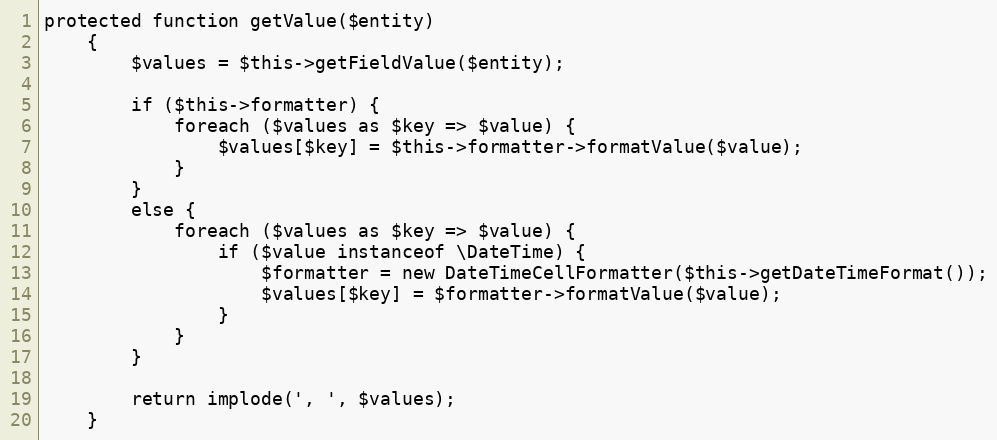
Language: PHP
protected function getValue($entity)
    {
        $values = $this->getFieldValue($entity);

        if ($this->formatter) {
            foreach ($values as $key => $value) {
                $values[$key] = $this->formatter->formatValue($value);
            }
        }
        else {
            foreach ($values as $key => $value) {
                if ($value instanceof \DateTime) {
                    $formatter = new DateTimeCellFormatter($this->getDateTimeFormat());
                    $values[$key] = $formatter->formatValue($value);
                }
            }
        }

        return implode(', ', $values);
    }